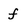
Character: f